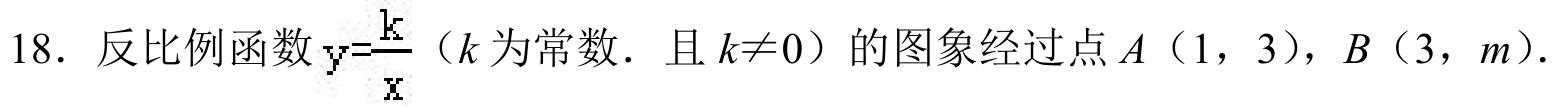
18. 反比例函数\(y = \dfrac{k}{x}\)（\(k\)为常数．且\(k\neq0\)）的图象经过点\(A\)（1，3），\(B\)（3，\(m\)）．